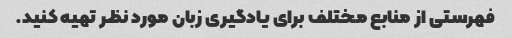
فهرستی از منابع مختلف برای یادگیری زبان مورد نظر تهیه کنید.